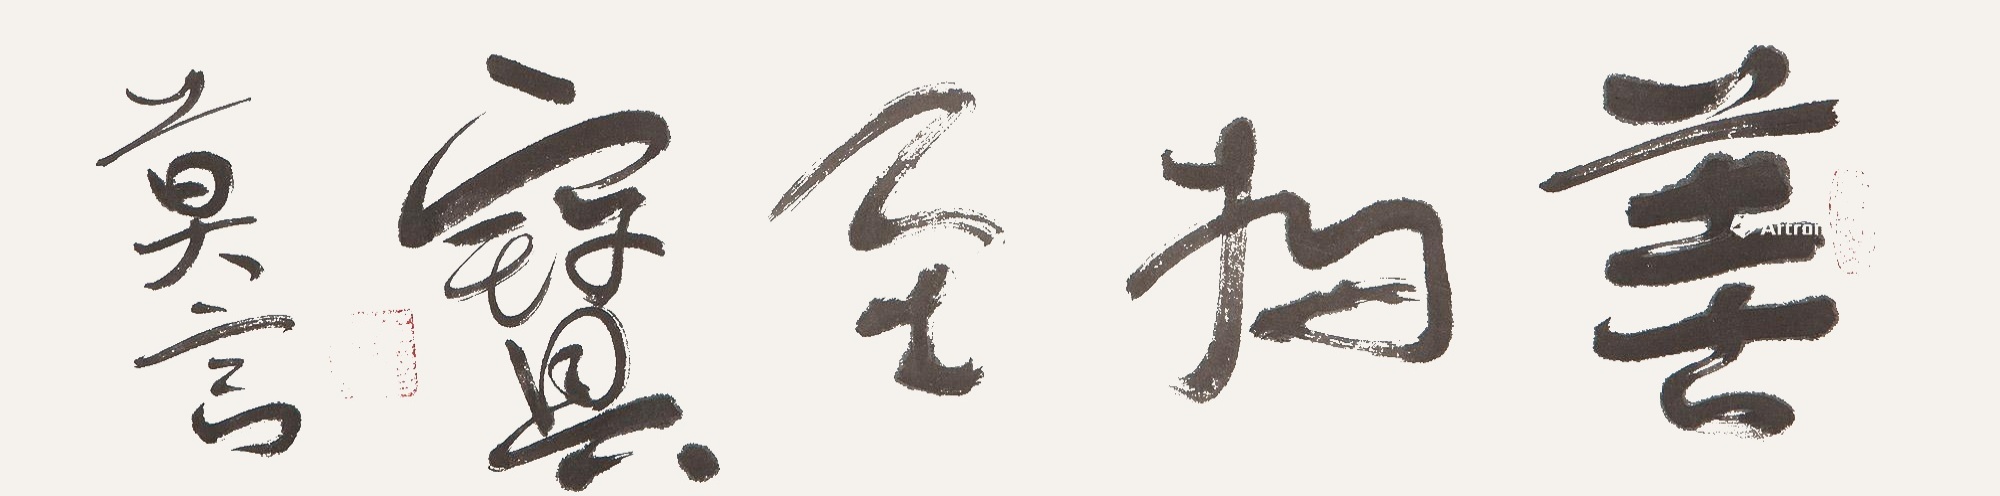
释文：善为至宝。莫言。